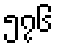
၅၇၆